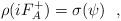
LaTeX: \begin{align*} \rho(iF_{A}^{+})=\sigma(\psi)~~,\end{align*}